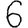
Digit: 6